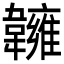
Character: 𩏨